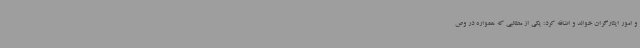
و امور ایثارگران خواند و اضافه کرد: یکی از مطالبی که همواره در وص